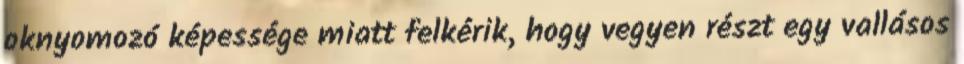
oknyomozó képessége miatt felkérik, hogy vegyen részt egy vallásos